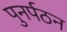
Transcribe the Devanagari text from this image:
पुनर्पठन